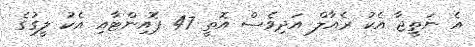
އެ ނަތީޖާ އެކު ރެއާލް އަދިވެސް އޮތީ 47 ޕޮއިންޓާއި އެކު ލީގުގެ